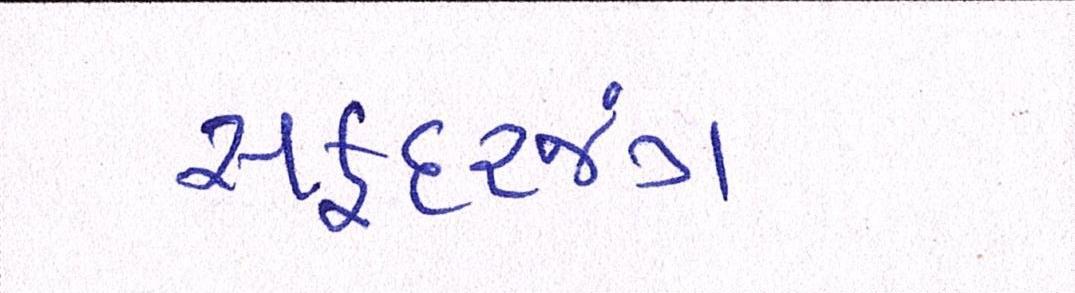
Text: સફદરજંગ